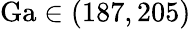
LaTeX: \mathrm{Ga}\in(187,205)